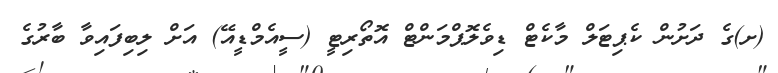
(ށ)ގެ ދަށުން ކެޕިޓަލް މާކެޓް ޑިވެލޮޕްމަންޓް އޮތޯރިޓީ (ސީއެމްޑީއޭ) އަށް ލިބިފައިވާ ބާރުގެ